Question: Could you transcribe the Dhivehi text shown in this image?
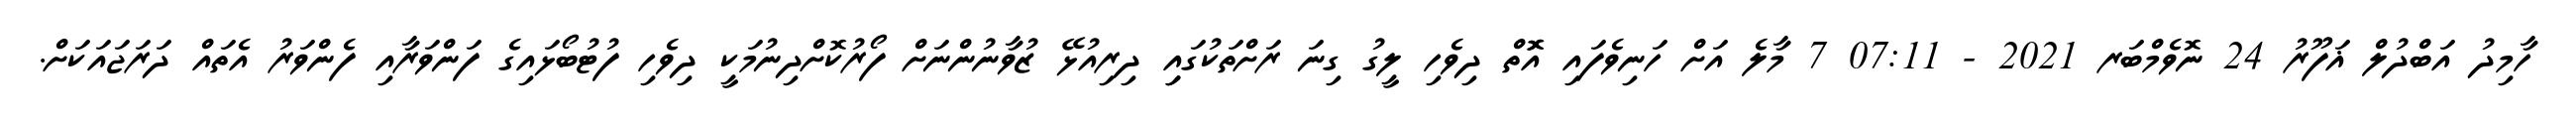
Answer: ހާމިދު އަބްދުލް ޣަފޫރު 24 ނޮވެމްބަރ 2021 - 07:11 7 މާލެ އަށް ހަނިވެފައި އޮޮތް ދިވެހި ލީގު ގިނަ ރަށްތަކުގައިި ދިރިއުޅޭ ޒުވާނުންނަށް ފޯރުކޮށްދިނުމަކީ ދިވެހި ފުޓުބޯޅައިގެ ފަންވަރާއި ފެންވަރު އެތައް ދަރަޖައަކަށް.